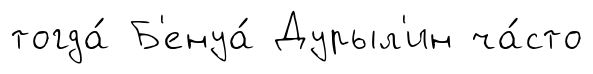
тогда́ Б'енуа́ Дурыл'ин ча́сто